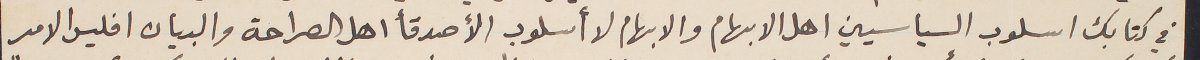
في كتابك اسلوب السياسيين اهل الابهام والابهام لا أسلوب الأصدقأ اهل الصراحة والبيان افليس الامر